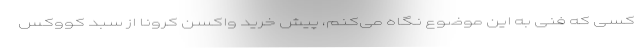
کسی که فنی به این موضوع نگاه می‌کنم، پیش خرید واکسن کرونا از سبد کووکس